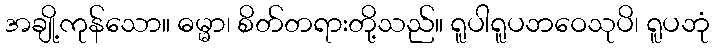
အချို့ကုန်သော။ ဓမ္မာ၊ စိတ်တရားတို့သည်။ ရူပါရူပဘဝေသုပိ၊ ရူပဘုံ